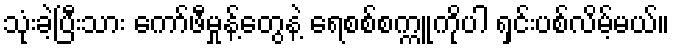
သုံးခဲ့ပြီးသား ကော်ဖီမှုန့်တွေနဲ့ ရေစစ်စက္ကူကိုပါ ရှင်းပစ်လိမ့်မယ်။